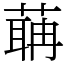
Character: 䔜